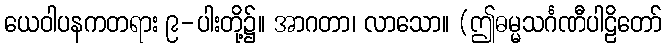
ယေဝါပနကတရား ၉-ပါးတို့၌။ အာဂတာ၊ လာသော။ (ဤဓမ္မသင်္ဂဏီပါဠိတော်